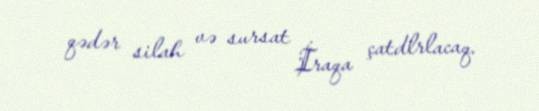
qədər silah və sursat İraqa çatdlrlacaq.